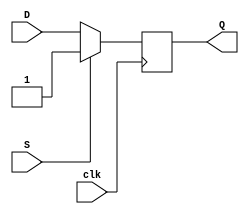
module d_flip_flop (
    input clk,
    input D,
    input S,
    output reg Q
);

always @(posedge clk) begin
    if (S) begin
        Q <= 1'b1;
    end else begin
        Q <= D;
    end
end

endmodule